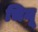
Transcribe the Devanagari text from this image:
चिनू